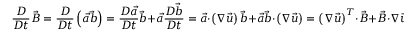
\frac { D } { D t } \vec { B } = \frac { D } { D t } \left( \vec { a } \vec { b } \right) = \frac { D \vec { a } } { D t } \vec { b } + \vec { a } \frac { D \vec { b } } { D t } = \vec { a } \cdot \left( \boldsymbol { \nabla } \vec { u } \right) \vec { b } + \vec { a } \vec { b } \cdot \left( \boldsymbol { \nabla } \vec { u } \right) = \left( \boldsymbol { \nabla } \vec { u } \right) ^ { T } \cdot \vec { B } + \vec { B } \cdot \boldsymbol { \nabla } \vec { u } ,